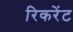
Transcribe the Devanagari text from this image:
रिकरेंट